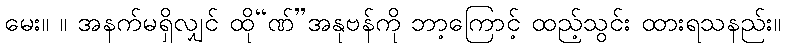
မေး။ ။ အနက်မရှိလျှင် ထို“ဏ်”အနုဗန်ကို ဘာ့ကြောင့် ထည့်သွင်း ထားရသနည်း။